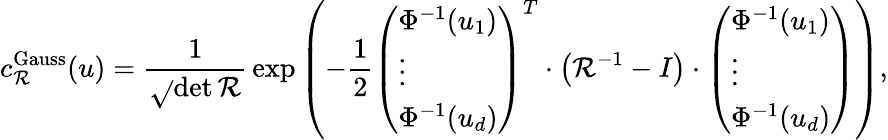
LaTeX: c_{\mathcal{R}}^{\mathrm{{Gauss}}}(u)={\frac{{1}}{{\sqrt{}{{\operatorname*{det}{\mathcal{R}}}}}}}\exp\left(-{\frac{{1}}{{2}}}{\left(\begin{array}{l}{\Phi^{-1}(u_{1})}\\ {\vdots}\\ {\Phi^{-1}(u_{d})}\end{array}\right)}^{T}\cdot\left(\mathcal{R}^{-1}-I\right)\cdot{\left(\begin{array}{l}{\Phi^{-1}(u_{1})}\\ {\vdots}\\ {\Phi^{-1}(u_{d})}\end{array}\right)}\right),